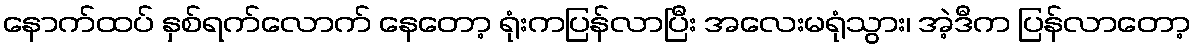
နောက်ထပ် နှစ်ရက်လောက် နေတော့ ရုံးကပြန်လာပြီး အလေးမရုံသွား၊ အဲ့ဒီက ပြန်လာတော့